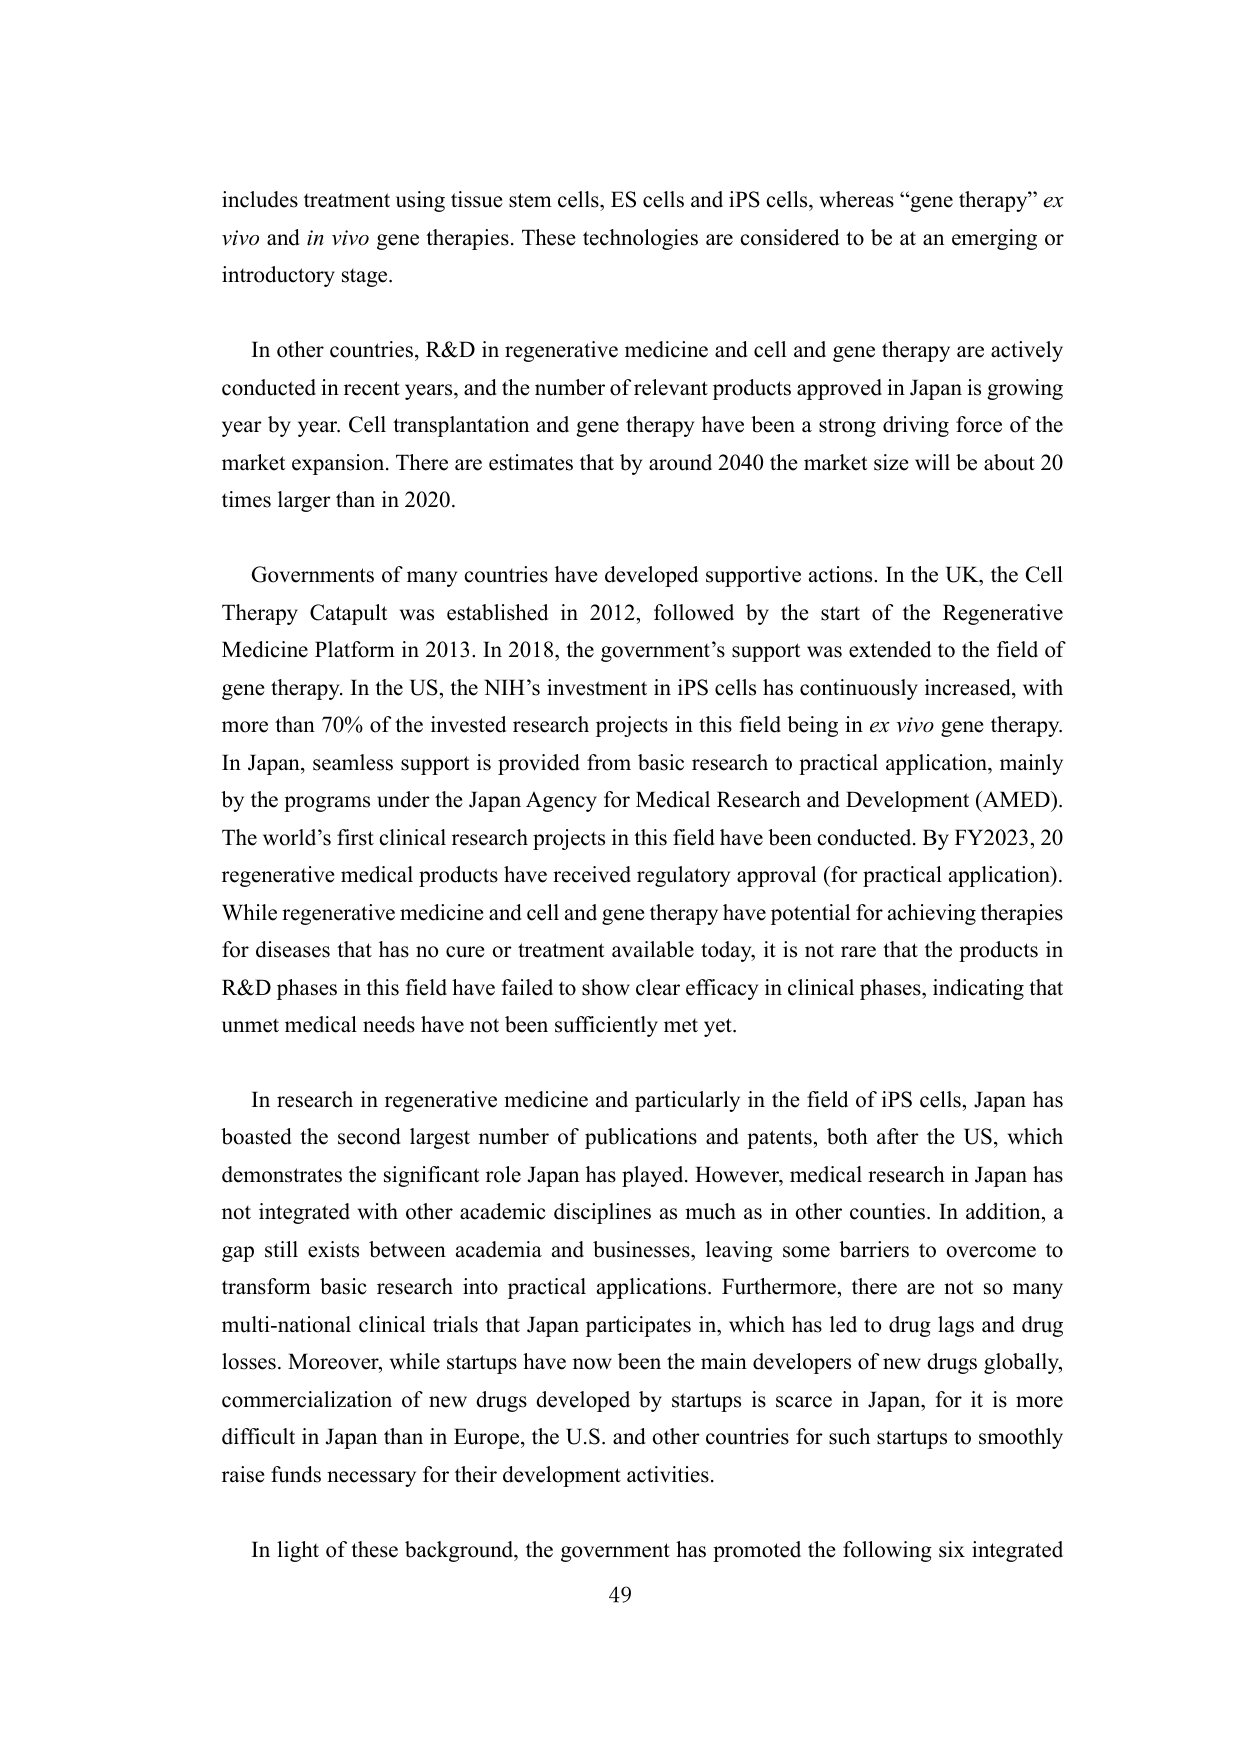
includes treatment using tissue stem cells, ES cells and iPS cells, whereas “gene therapy” ex vivo and in vivo gene therapies. These technologies are considered to be at an emerging or introductory stage.

In other countries, R&D in regenerative medicine and cell and gene therapy are actively conducted in recent years, and the number of relevant products approved in Japan is growing year by year. Cell transplantation and gene therapy have been a strong driving force of the market expansion. There are estimates that by around 2040 the market size will be about 20 times larger than in 2020.

Governments of many countries have developed supportive actions. In the UK, the Cell Therapy Catapult was established in 2012, followed by the start of the Regenerative Medicine Platform in 2013. In 2018, the government’s support was extended to the field of gene therapy. In the US, the NIH’s investment in iPS cells has continuously increased, with more than 70% of the invested research projects in this field being in ex vivo gene therapy. In Japan, seamless support is provided from basic research to practical application, mainly by the programs under the Japan Agency for Medical Research and Development (AMED). The world’s first clinical research projects in this field have been conducted. By FY2023, 20 regenerative medical products have received regulatory approval (for practical application). While regenerative medicine and cell and gene therapy have potential for achieving therapies for diseases that has no cure or treatment available today, it is not rare that the products in R&D phases in this field have failed to show clear efficacy in clinical phases, indicating that unmet medical needs have not been sufficiently met yet.

In research in regenerative medicine and particularly in the field of iPS cells, Japan has boasted the second largest number of publications and patents, both after the US, which demonstrates the significant role Japan has played. However, medical research in Japan has not integrated with other academic disciplines as much as in other counties. In addition, a gap still exists between academia and businesses, leaving some barriers to overcome to transform basic research into practical applications. Furthermore, there are not so many multi-national clinical trials that Japan participates in, which has led to drug lags and drug losses. Moreover, while startups have now been the main developers of new drugs globally, commercialization of new drugs developed by startups is scarce in Japan, for it is more difficult in Japan than in Europe, the U.S. and other countries for such startups to smoothly raise funds necessary for their development activities.

In light of these background, the government has promoted the following six integrated

49